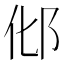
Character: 𰻥